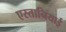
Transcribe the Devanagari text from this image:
एस्तानियाई